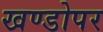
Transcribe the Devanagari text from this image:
खण्डोपर